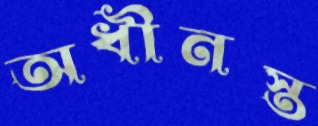
অধীনস্ত